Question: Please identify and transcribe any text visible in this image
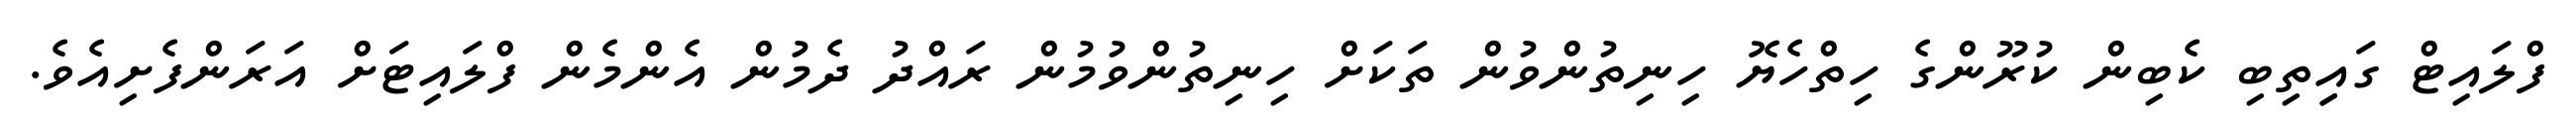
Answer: ފްލައިޓް ގައިިތިބި ކެބިން ކުރޫންގެ ހިތްހެޔޮ ހިނިތުންވުން ތަކަށް ހިނިތުންވުމުން ރައްދު ދެމުން އެންމެން ފްލައިޓަށް އަރަންފެށިއެވެ.